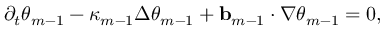
\partial _ { t } \theta _ { m - 1 } - \kappa _ { m - 1 } \Delta \theta _ { m - 1 } + \ensuremath { \mathbf { b } } _ { m - 1 } \cdot \nabla \theta _ { m - 1 } = 0 ,